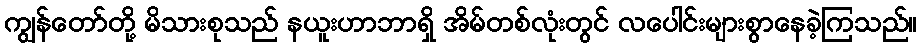
ကျွန်တော်တို့ မိသားစုသည် နယူးဟာဘာရှိ အိမ်တစ်လုံးတွင် လပေါင်းများစွာနေခဲ့ကြသည်။